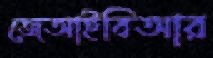
জেআইবিআর